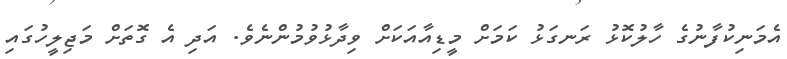
އެމަނިކުފާނުގެ ހާލުކޮޅު ރަނގަޅު ކަމަށް މީޑިއާއަކަށް ވިދާޅުވުމުންނެވެ. އަދި އެ ގޮތަށް މަޖިލީހުގައި